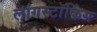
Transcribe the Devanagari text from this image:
लांगस्टॉकिंग